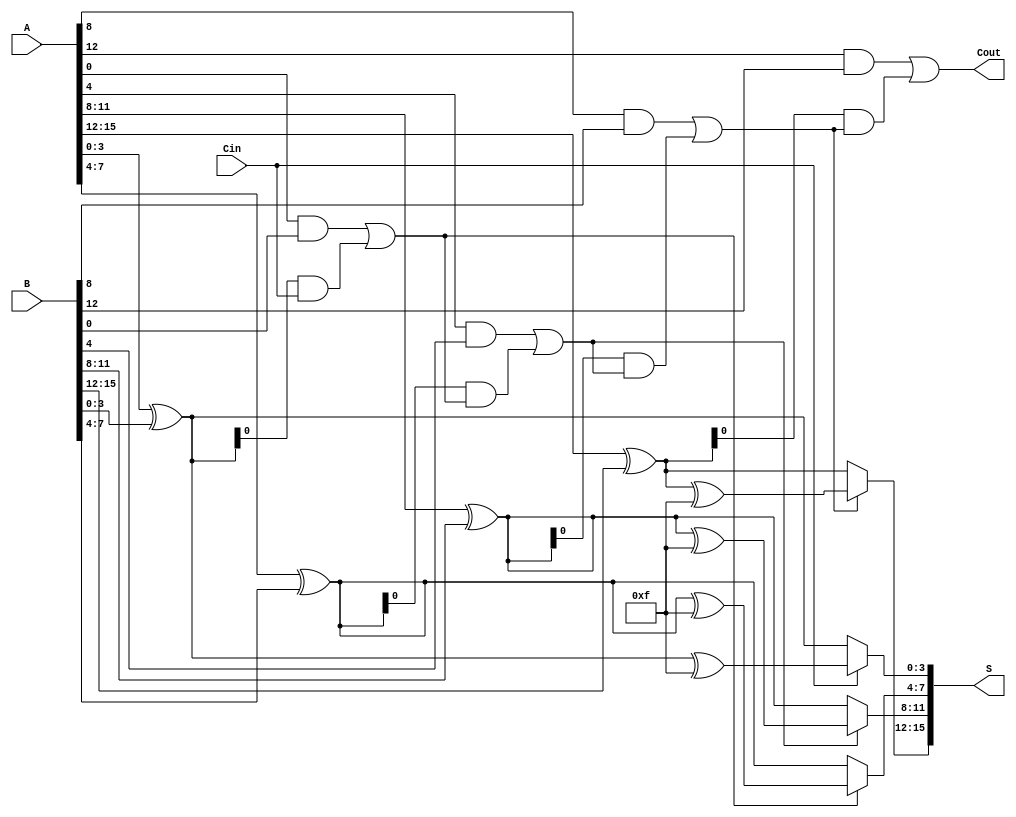
module carry_select_adder #(parameter N = 16, // Bit-width of the adder
                             parameter M = 4   // Segment size
                            )(
    input  wire [N-1:0] A,   // First operand
    input  wire [N-1:0] B,   // Second operand
    input  wire Cin,          // Carry-in
    output wire [N-1:0] S,    // Sum output
    output wire Cout          // Carry-out
);

    // Intermediate signals
    wire [N/M-1:0] G;  // Generate signals for each segment
    wire [N/M-1:0] P;  // Propagate signals for each segment
    wire [N/M:0] C;    // Carry signals for each segment
    wire [N-1:0] S0;   // Sum with carry-in 0 for each segment
    wire [N-1:0] S1;   // Sum with carry-in 1 for each segment

    // Generate and propagate signals for each segment
    genvar i, j;
    generate
        for (i = 0; i < N/M; i = i + 1) begin : segment
            // Generate and propagate
            assign G[i] = A[i*M +: M] & B[i*M +: M];
            assign P[i] = A[i*M +: M] ^ B[i*M +: M];
            
            // Sum calculation for carry-in 0
            assign S0[i*M +: M] = A[i*M +: M] ^ B[i*M +: M];
            // Sum calculation for carry-in 1
            assign S1[i*M +: M] = S0[i*M +: M] ^ {M{1'b1}}; // Add 1 (full adder)
        end
    endgenerate

    // Carry Lookahead Logic
    assign C[0] = Cin; // Initial carry-in

    generate
        for (i = 0; i < N/M - 1; i = i + 1) begin : carry_logic
            assign C[i + 1] = G[i] | (P[i] & C[i]);
        end
    endgenerate

    // Final carry-out from the last segment
    assign Cout = G[N/M-1] | (P[N/M-1] & C[N/M-1]);

    // Select the appropriate sums based on carries
    generate
        for (i = 0; i < N/M; i = i + 1) begin : select_sums
            assign S[i*M +: M] = (C[i] == 1'b0) ? S0[i*M +: M] : S1[i*M +: M];
        end
    endgenerate

endmodule